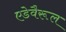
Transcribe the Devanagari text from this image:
एडेवैरूल